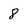
Character: 8